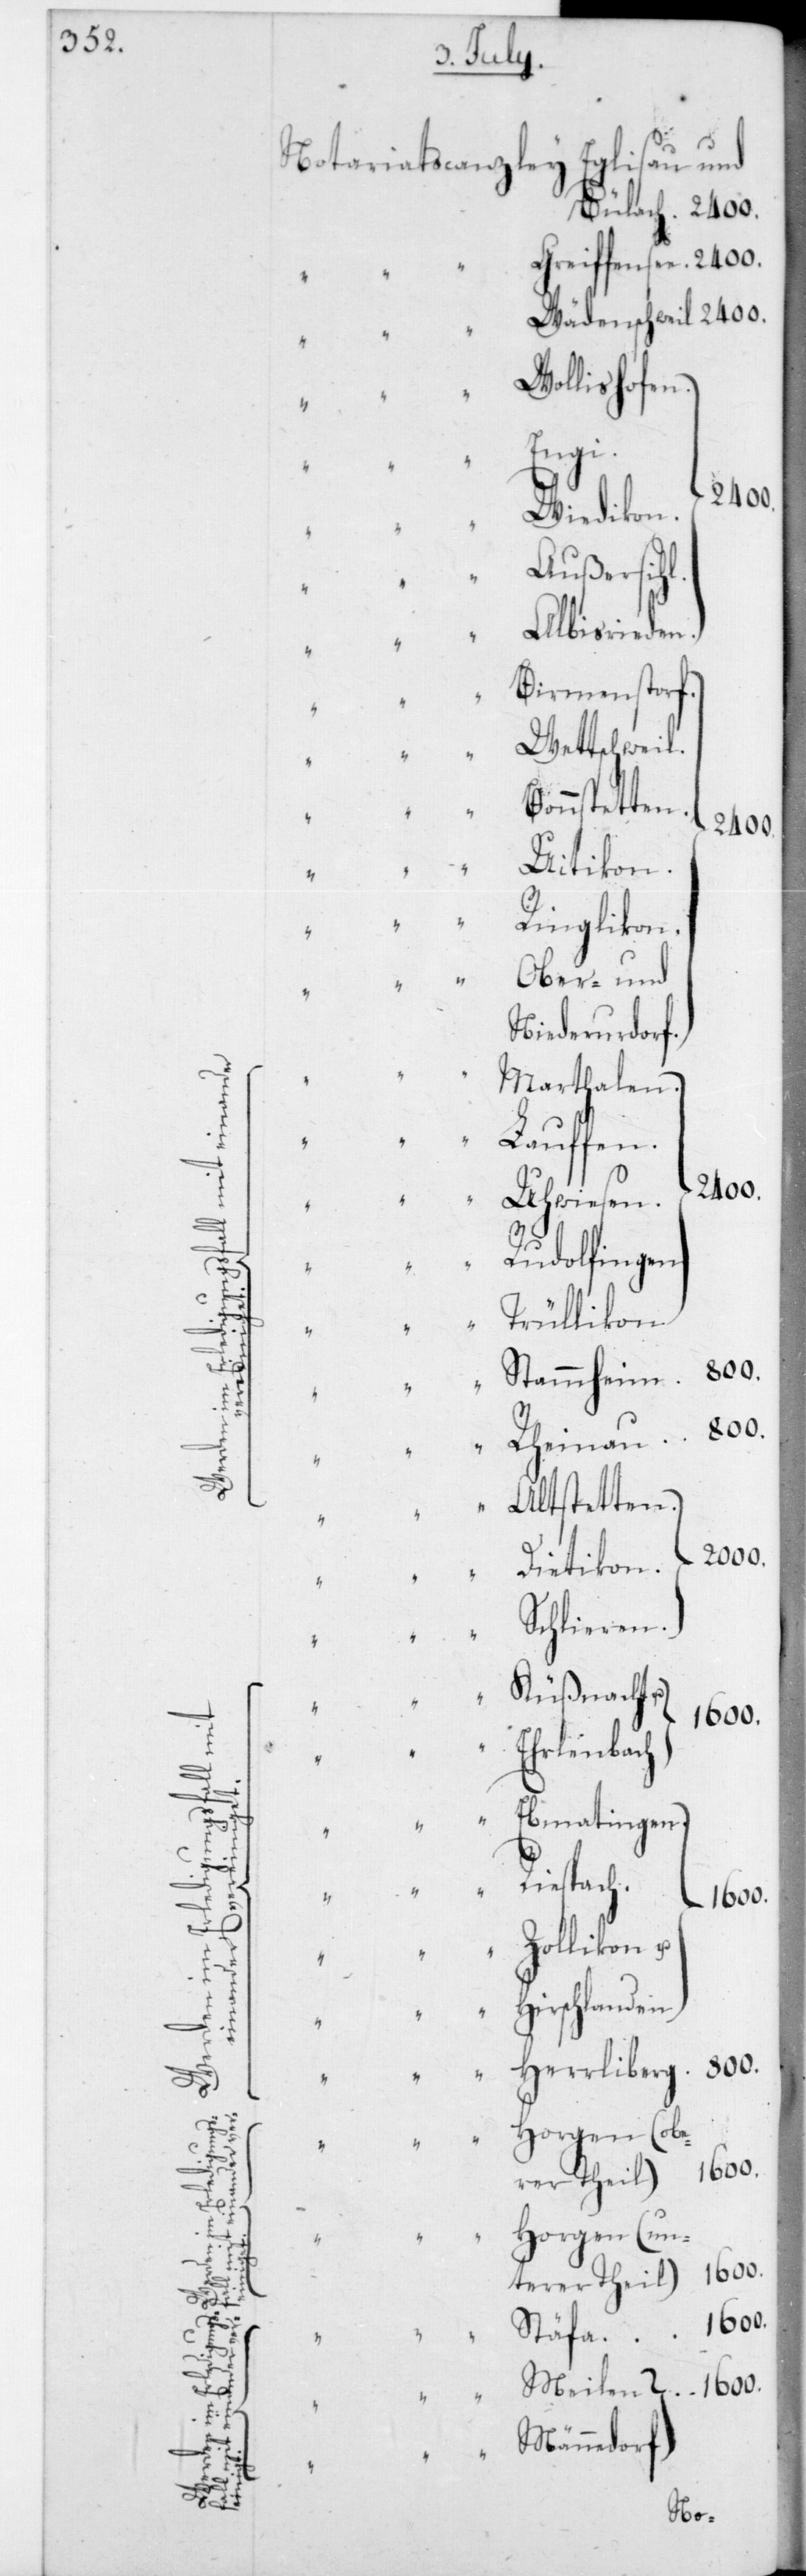
und
u.
“
der
edorf
fall

Notariats¬

ley

E¬

lis¬
au und
2400.

1600.